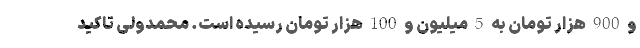
و 900 هزار تومان به 5 میلیون و 100 هزار تومان رسیده است. محمدولی تاکید